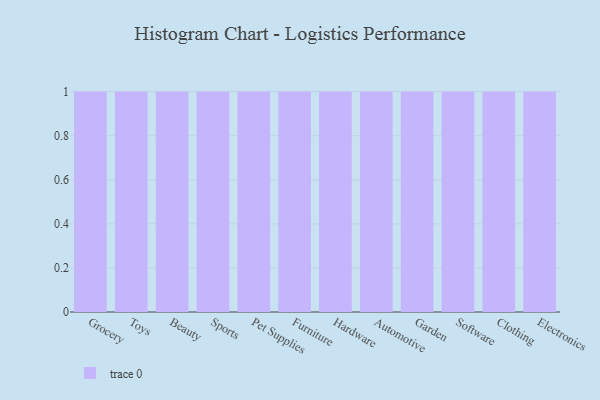
{"axis": {"x": "Category", "y": "Website Visitors"}, "legend": [""], "data": [{"x": "Grocery", "y": 20, "type": ""}, {"x": "Toys", "y": 47, "type": ""}, {"x": "Beauty", "y": 23, "type": ""}, {"x": "Sports", "y": 11, "type": ""}, {"x": "Pet Supplies", "y": 20, "type": ""}, {"x": "Furniture", "y": 32, "type": ""}, {"x": "Hardware", "y": 39, "type": ""}, {"x": "Automotive", "y": 45, "type": ""}, {"x": "Garden", "y": 40, "type": ""}, {"x": "Software", "y": 52, "type": ""}, {"x": "Clothing", "y": 8, "type": ""}, {"x": "Electronics", "y": 63, "type": ""}]}